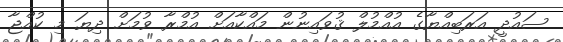
ސައުދީ އަރަބިއްޔާގެ އުއްމުލް ޤުވައިނުން މައްކާއަށް އުމްރާ ވުމަށް ދިޔަ މި ކުއްޖާ